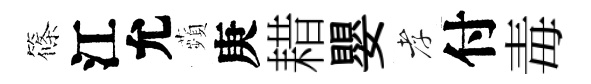
篠江允蘋庚耤嬰孝付毒